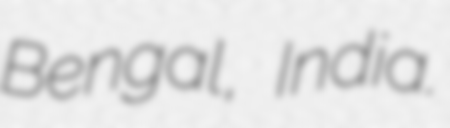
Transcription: Bengal, India.